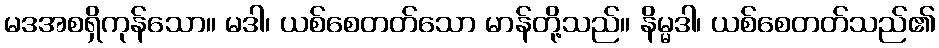
မဒအစရှိကုန်သော။ မဒါ၊ ယစ်စေတတ်သော မာန်တို့သည်။ နိမ္မဒါ၊ ယစ်စေတတ်သည်၏